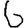
Digit: 6